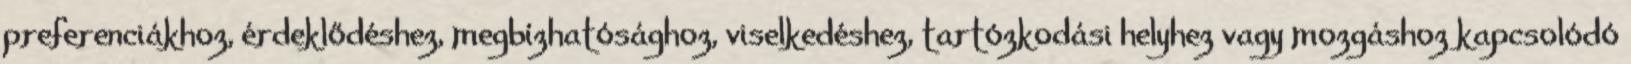
preferenciákhoz, érdeklődéshez, megbízhatósághoz, viselkedéshez, tartózkodási helyhez vagy mozgáshoz kapcsolódó